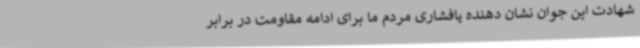
شهادت این جوان نشان دهنده پافشاری مردم ما برای ادامه مقاومت در برابر